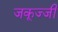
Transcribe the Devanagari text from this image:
जकूज्जी